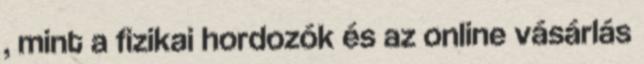
, mint a fizikai hordozók és az online vásárlás